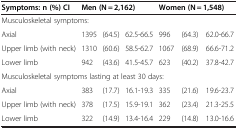
<table><thead><tr><td><b>Symptoms: n (%) CI</b></td><td colspan="3"><b>Men (N = 2,162)</b></td><td colspan="3"><b>Women (N = 1,548)</b></td></tr></thead><tbody><tr><td colspan="7">Musculoskeletal symptoms:</td></tr><tr><td>Axial</td><td>1395</td><td>(64.5)</td><td>62.5-66.5</td><td>996</td><td>(64.3)</td><td>62.0-66.7</td></tr><tr><td>Upper limb (with neck)</td><td>1310</td><td>(60.6)</td><td>58.5-62.7</td><td>1067</td><td>(68.9)</td><td>66.6-71.2</td></tr><tr><td>Lower limb</td><td>942</td><td>(43.6)</td><td>41.5-45.7</td><td>623</td><td>(40.2)</td><td>37.8-42.7</td></tr><tr><td colspan="7">Musculoskeletal symptoms lasting at least 30 days:</td></tr><tr><td>Axial</td><td>383</td><td>(17.7)</td><td>16.1-19.3</td><td>335</td><td>(21.6)</td><td>19.6-23.7</td></tr><tr><td>Upper limb (with neck)</td><td>378</td><td>(17.5)</td><td>15.9-19.1</td><td>362</td><td>(23.4)</td><td>21.3-25.5</td></tr><tr><td>Lower limb</td><td>322</td><td>(14.9)</td><td>13.4-16.4</td><td>229</td><td>(14.8)</td><td>13.0-16.6</td></tr></tbody></table>